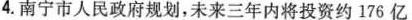
4.南宁市人民政府规划，未来三年内将投资约176亿